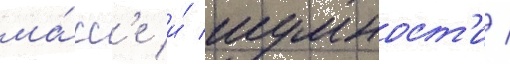
ма́сс'е и́ шумност'и /